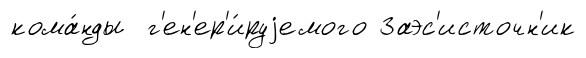
кома́нды г'ен'ер'и́руjемого Заэс'источн'ик